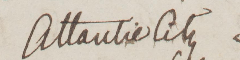
Atlantic City